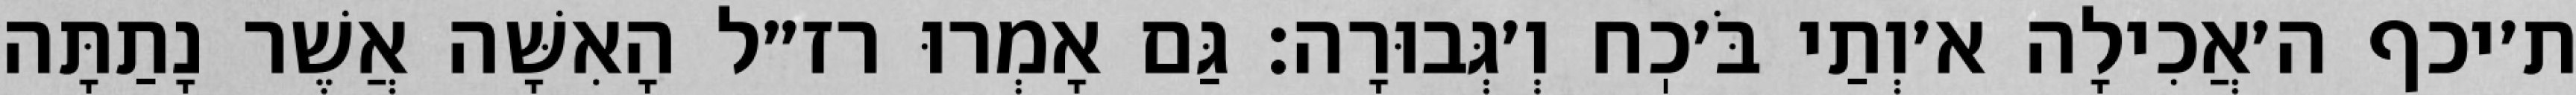
ת׳יכף ה׳אֲכִילָה א׳וְתַי בֹּ׳כֽח וְ׳גְּבוּרָה: גַּם אָמְרוּ רז״ל הָאִשָּׁה אֲשֶׁר נָתַתָּה